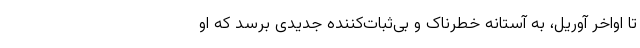
تا اواخر آوریل، به آستانه خطرناک و بی‌ثبات‌کننده جدیدی برسد که او